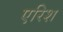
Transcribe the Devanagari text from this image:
एरिश